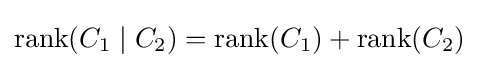
\operatorname {rank} (C_{1}\mid C_{2})=\operatorname {rank} (C_{1})+\operatorname {rank} (C_{2})